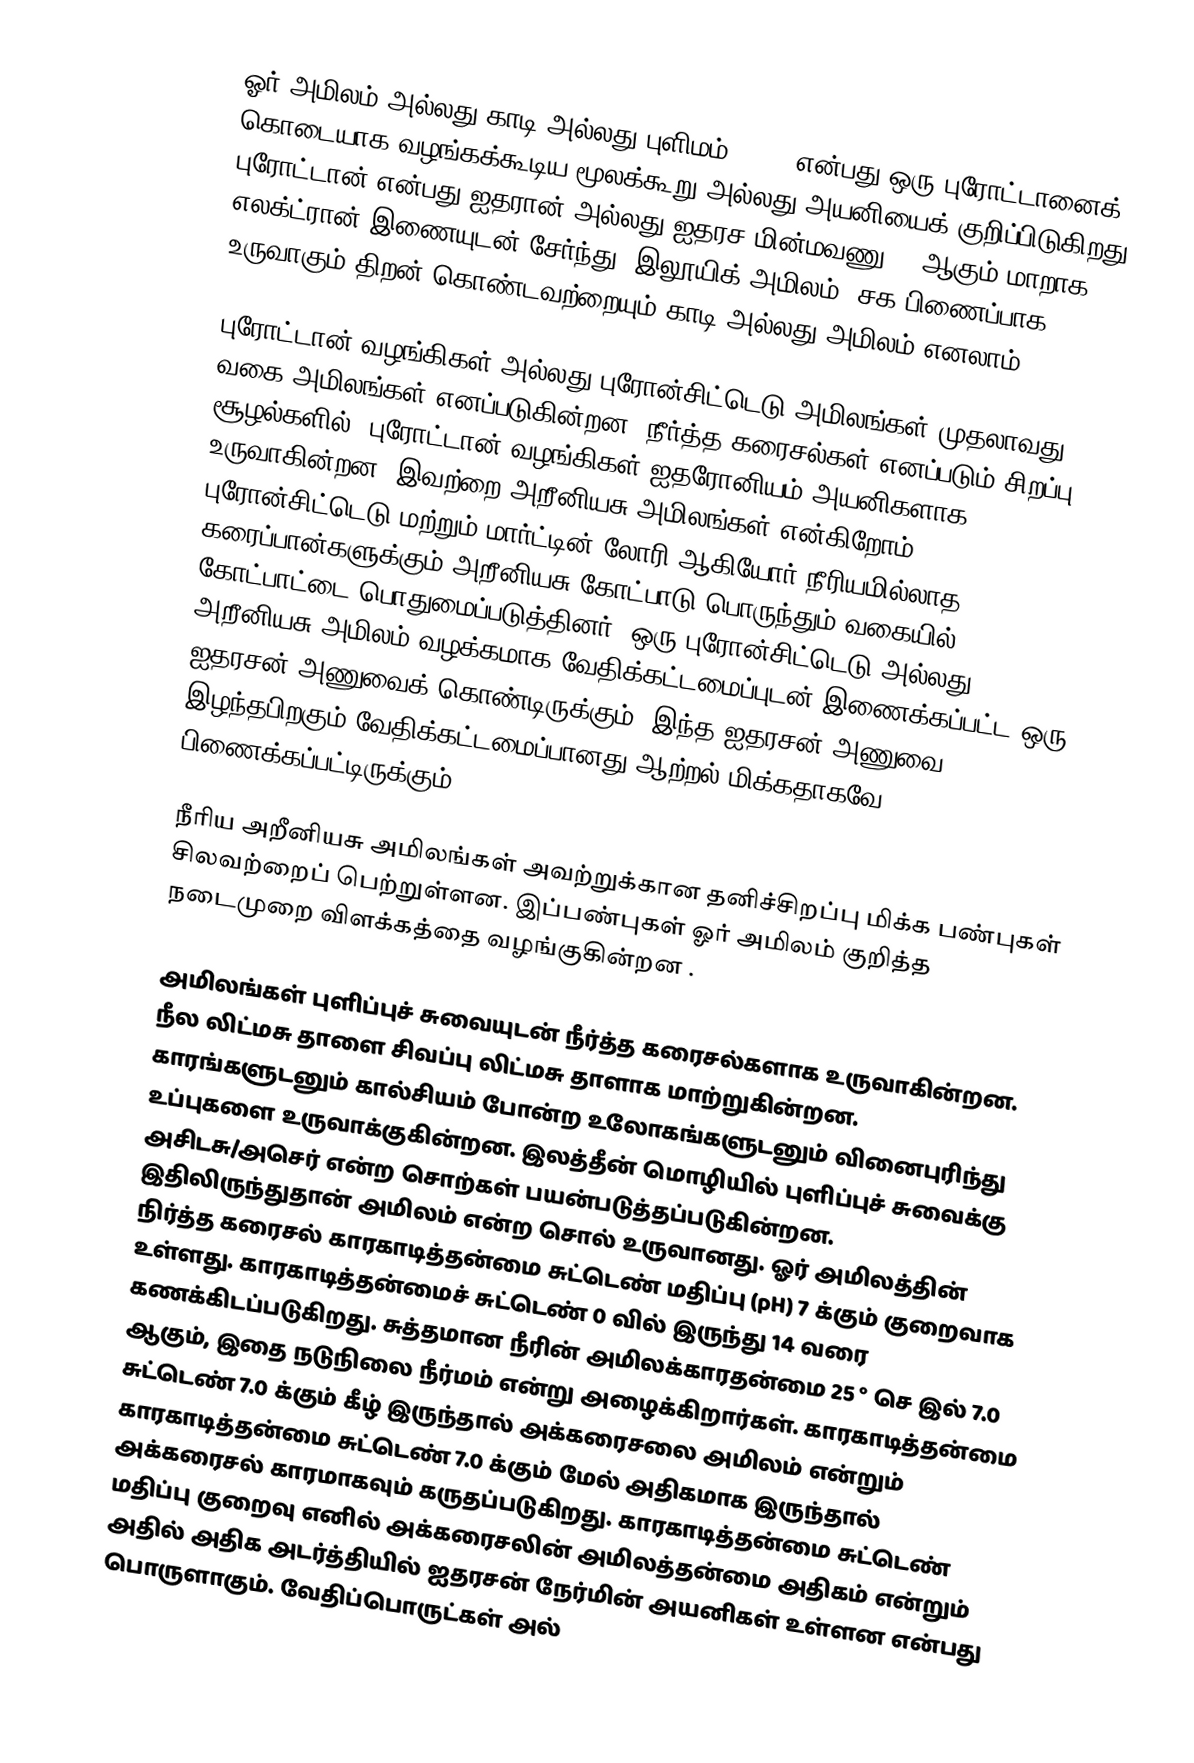
ஓர் அமிலம் அல்லது காடி அல்லது புளிமம் (Acid)என்பது ஒரு புரோட்டானைக் கொடையாக வழங்கக்கூடிய மூலக்கூறு அல்லது அயனியைக் குறிப்பிடுகிறது. புரோட்டான் என்பது ஐதரான் அல்லது ஐதரச மின்மவணு H+  ஆகும்  மாறாக, எலக்ட்ரான் இணையுடன் சேர்ந்து (இலூயிக் அமிலம்) சக பிணைப்பாக உருவாகும் திறன் கொண்டவற்றையும் காடி அல்லது அமிலம் எனலாம்.

புரோட்டான் வழங்கிகள் அல்லது புரோன்சிட்டெடு அமிலங்கள் முதலாவது வகை அமிலங்கள் எனப்படுகின்றன. நீர்த்த கரைசல்கள் எனப்படும் சிறப்பு சூழல்களில், புரோட்டான் வழங்கிகள் ஐதரோனியம் அயனிகளாக (H3O+) உருவாகின்றன. இவற்றை அறீனியசு அமிலங்கள் என்கிறோம். புரோன்சிட்டெடு மற்றும்  மார்ட்டின் லோரி ஆகியோர் நீரியமில்லாத கரைப்பான்களுக்கும் அறீனியசு கோட்பாடு பொருந்தும் வகையில் கோட்பாட்டை பொதுமைப்படுத்தினர். ஒரு புரோன்சிட்டெடு  அல்லது அறீனியசு அமிலம் வழக்கமாக வேதிக்கட்டமைப்புடன் இணைக்கப்பட்ட ஒரு ஐதரசன் அணுவைக் கொண்டிருக்கும். இந்த ஐதரசன் அணுவை இழந்தபிறகும் வேதிக்கட்டமைப்பானது ஆற்றல் மிக்கதாகவே பிணைக்கப்பட்டிருக்கும்.

நீரிய அறீனியசு அமிலங்கள் அவற்றுக்கான தனிச்சிறப்பு மிக்க பண்புகள் சிலவற்றைப் பெற்றுள்ளன. இப்பண்புகள் ஓர் அமிலம் குறித்த நடைமுறை விளக்கத்தை வழங்குகின்றன .

அமிலங்கள் புளிப்புச் சுவையுடன் நீர்த்த கரைசல்களாக உருவாகின்றன. நீல லிட்மசு தாளை சிவப்பு லிட்மசு தாளாக மாற்றுகின்றன. காரங்களுடனும் கால்சியம் போன்ற உலோகங்களுடனும் வினைபுரிந்து உப்புகளை உருவாக்குகின்றன. இலத்தீன் மொழியில் புளிப்புச் சுவைக்கு அசிடசு/அசெர் என்ற சொற்கள் பயன்படுத்தப்படுகின்றன. இதிலிருந்துதான் அமிலம் என்ற சொல் உருவானது. ஓர் அமிலத்தின் நிர்த்த கரைசல் காரகாடித்தன்மை சுட்டெண் மதிப்பு (pH)  7 க்கும் குறைவாக உள்ளது. காரகாடித்தன்மைச் சுட்டெண் 0 வில் இருந்து 14 வரை கணக்கிடப்படுகிறது. சுத்தமான நீரின் அமிலக்காரதன்மை 25 ° செ இல் 7.0 ஆகும், இதை நடுநிலை நீர்மம் என்று அழைக்கிறார்கள். காரகாடித்தன்மை சுட்டெண் 7.0 க்கும் கீழ்  இருந்தால் அக்கரைசலை அமிலம் என்றும் காரகாடித்தன்மை சுட்டெண்  7.0 க்கும் மேல் அதிகமாக இருந்தால் அக்கரைசல் காரமாகவும் கருதப்படுகிறது. காரகாடித்தன்மை சுட்டெண் மதிப்பு குறைவு எனில் அக்கரைசலின் அமிலத்தன்மை அதிகம் என்றும் அதில் அதிக அடர்த்தியில் ஐதரசன் நேர்மின் அயனிகள் உள்ளன என்பது பொருளாகும். வேதிப்பொருட்கள் அல்